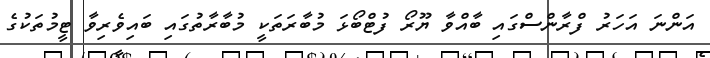
އަންނަ އަހަރު ފްރާންސްގައި ބާއްވާ ޔޫރޯ ފުޓްބޯޅަ މުބާރަތަކީ މުބާރާތުގައި ބައިވެރިވާ ޓީމުތަކުގެ